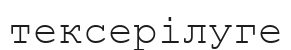
тексерілуге